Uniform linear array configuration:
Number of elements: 32
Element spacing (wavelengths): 0.75
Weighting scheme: binomial
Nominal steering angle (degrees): -30
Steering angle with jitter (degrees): -31.007
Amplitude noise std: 0.05
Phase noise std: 0.05

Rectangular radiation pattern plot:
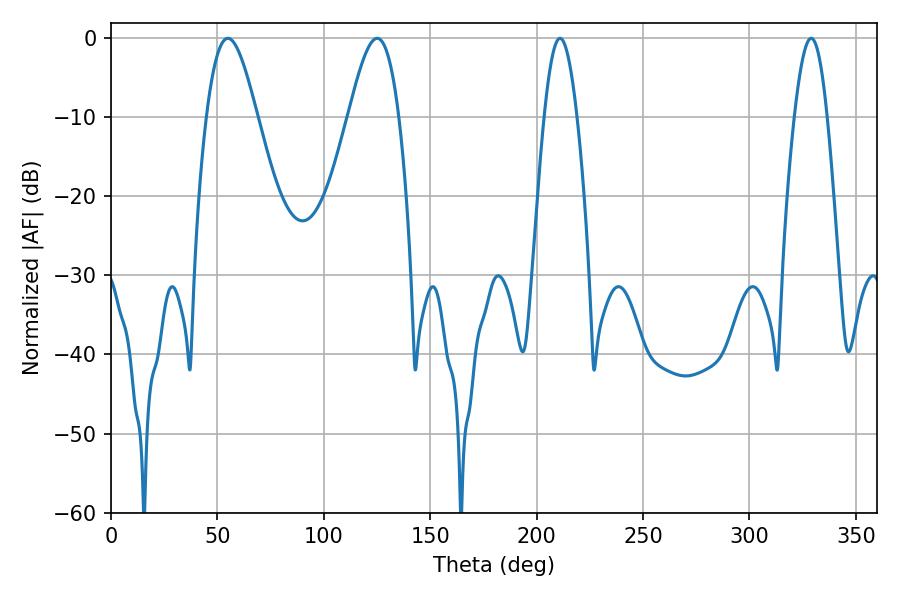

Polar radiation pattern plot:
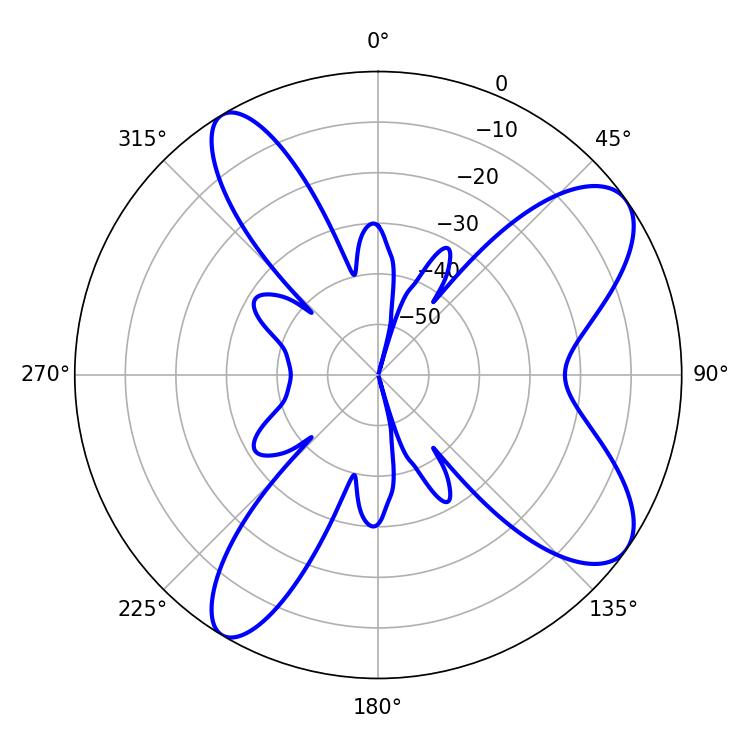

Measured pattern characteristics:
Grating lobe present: TRUE
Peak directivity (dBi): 9.146
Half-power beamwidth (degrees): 12.6
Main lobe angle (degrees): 54.9